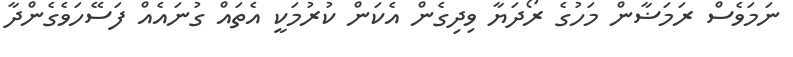
ނަމަވެސް ރަމަޟާން މަހުގެ ރޯދަޔާ ވިދިގެން އެކަން ކުރުމަކީ އެތައް ގުނައެއް ފަސޭހަވެގެންދާ